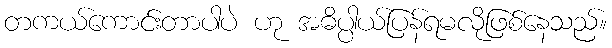
တကယ်ကောင်းတာပါပဲ ဟု အဓိပ္ပါယ်ပြန်ရမလိုဖြစ်နေသည်။